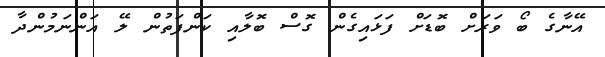
އޭނާގެ ބޯ ވަރަށް ބޮޑަށް ފަޅައިގެން ގޮސް ބޮލާއި ކަންފަތުން ލޭ އަންނަމުންދާ